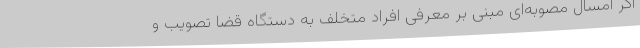
اگر امسال مصوبه‌ای مبنی بر معرفی افراد متخلف به دستگاه قضا تصویب و